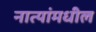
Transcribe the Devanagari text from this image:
नात्यांमधील